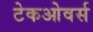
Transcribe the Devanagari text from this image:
टेकओवर्स